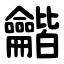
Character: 龤